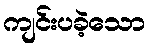
ကျင်းပခဲ့သော